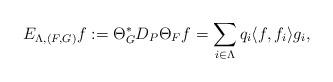
LaTeX: \begin{align*} E_{\Lambda,(F,G)}f:= \Theta_{G}^*D_{P}\Theta_{F} f=\sum_{i\in\Lambda} q_i \langle f,f_i \rangle g_i, \end{align*}